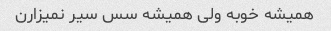
همیشه خوبه ولی همیشه سس سیر نمیزارن